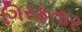
ગિરફતાર